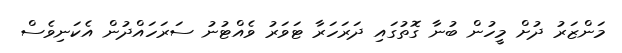
މަންޒަރު ދުށް މީހުން ބުނާ ގޮތުގައި ދަރަހަރާ ޓަވަރު ވެއްޓުނު ސަރަހައްދުން އެކަނިވެސް